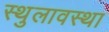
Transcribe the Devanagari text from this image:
स्थुलावस्था